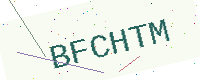
Text: BFCHTM